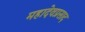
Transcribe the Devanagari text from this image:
महादेवप्रसाद